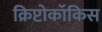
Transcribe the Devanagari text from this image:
क्रिप्टोकॉकिस